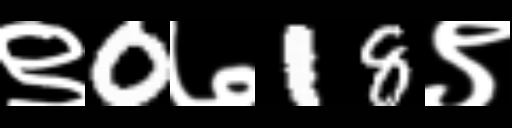
Text: ९0७18९